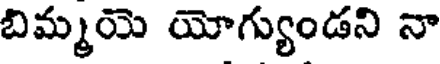
బిమ్మయె యోగ్యుండని నా